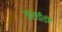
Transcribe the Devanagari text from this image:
अलईडी